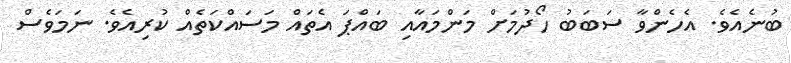
ބުނެއެވެ. އެހެންވާ ސަބަބު ހޯދުމަށް މަންމައާއި ބައްޕަ އެތައް މަސައްކަތެއް ކުރިއެވެ. ނަމަވެސް